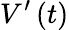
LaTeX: V^{\prime}\left(t\right)